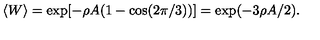
\langle W \rangle = \exp [ - \rho A ( 1 - \cos ( 2 \pi / 3 ) ) ] = \exp ( - 3 \rho A / 2 ) .